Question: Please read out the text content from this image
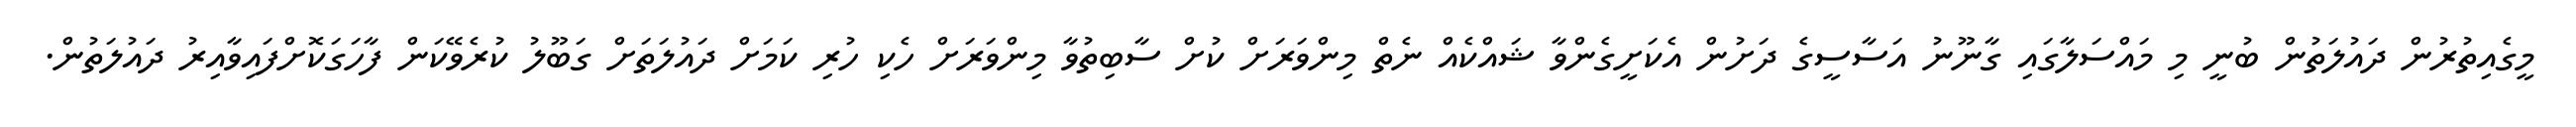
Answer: މީގެއިތުރުން ދައުލަތުން ބުނީ މި މައްސަލާގައި ގާނޫނު އަސާސީގެ ދަށުން އެކަށީގެންވާ ޝައްކެއް ނެތް މިންވަރަށް ކުށް ސާބިތުވާ މިންވަރަށް ހެކި ހުރި ކަމަށް ދައުލަތަށް ގަބޫލު ކުރެވޭކަން ފާހަގަކޮށްފައިވާއިރު ދައުލަތުން.